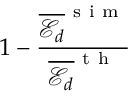
1 - \frac { \overline { { \mathscr { E } _ { d } } } ^ { \mathrm { ~ s ~ i ~ m ~ } } } { \overline { { \mathscr { E } _ { d } } } ^ { \mathrm { ~ t ~ h ~ } } }